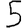
Digit: 5